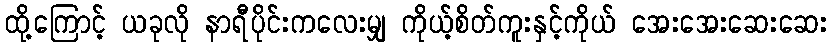
ထို့ကြောင့် ယခုလို နာရီပိုင်းကလေးမျှ ကိုယ့်စိတ်ကူးနှင့်ကိုယ် အေးအေးဆေးဆေး